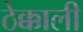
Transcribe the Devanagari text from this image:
ठेक्काली